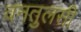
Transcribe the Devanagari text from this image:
वनतुलसी